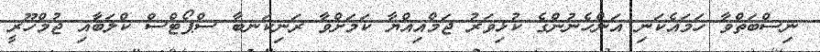
ނިސްބަތްވާ ހަމައެކަނި އަންހެނުންގެ ކުޅިވަރު ޖަމްއިއްޔާ ކަމަށްވާ ރަނިކަނބާ ސްޕޯޓްސް ކްލަބާއި ޖުމްހޫރީ